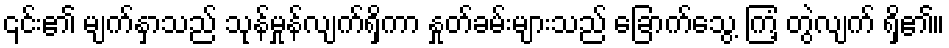
၎င်း၏ မျက်နှာသည် သုန်မှုန်လျက်ရှိကာ နှုတ်ခမ်းများသည် ခြောက်သွေ့ ကြံ့ တွဲလျက် ရှိ၏။